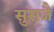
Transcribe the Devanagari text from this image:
सुसजै